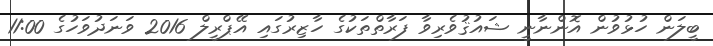
ބީލަން ހުޅުވުން އޮންނާނީ ޝައުޤުވެރިވާ ފަރާތްތަކުގެ ހާޒިރުގައި އޭޕްރީލް 2016 ވަނަދުވަހުގެ 11:00